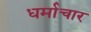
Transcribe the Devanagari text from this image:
धर्माचार